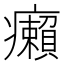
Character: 癩